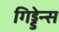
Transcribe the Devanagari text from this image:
गिड्डेन्स